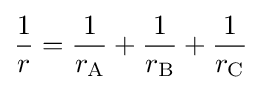
{\frac {1}{r}}={\frac {1}{r_{\text{A}}}}+{\frac {1}{r_{\text{B}}}}+{\frac {1}{r_{\text{C}}}}